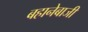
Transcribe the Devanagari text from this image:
बहानेबाजी